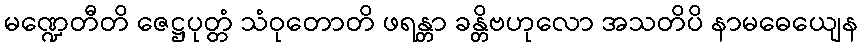
မဏ္ဍေတီတိ ဇေဋ္ဌပုတ္တံ သံဝုတောတိ ဖရန္တာ ခန္တိဗဟုလော အသတိပိ နာမဓေယျေန